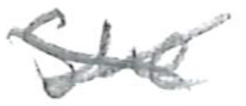
Text: She
Cross-out: cross
Writing tool: pencil